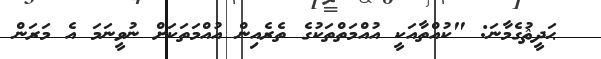
ޙަދީޘުގެމާނަ: "ކުއްތާއަކީ އުއްމަތްތަކުގެ ތެރެއިން އުއްމަތަކަށް ނުވީނަމަ އެ މަރަން